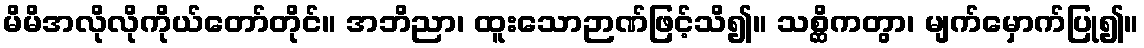
မိမိအလိုလိုကိုယ်တော်တိုင်။ အဘိညာ၊ ထူးသောဉာဏ်ဖြင့်သိ၍။ သစ္ဆိကတွာ၊ မျက်မှောက်ပြု၍။